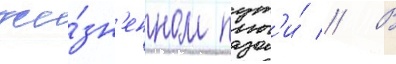
жи́зн'енном пут'и́ // В